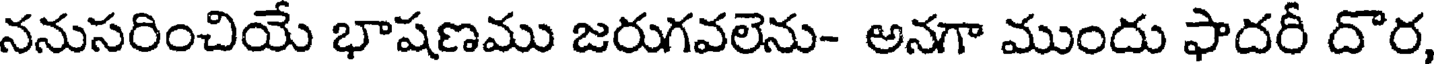
ననుసరించియే భాషణము జరుగవలెను- అనగా ముందు ఫాదరీ దొర